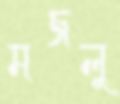
মজলু